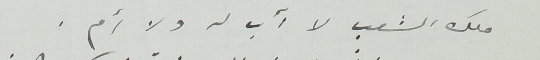
ملك الشعب لا أب ولا أم.